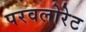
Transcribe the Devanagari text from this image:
परवलोरेट